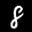
Label: 8